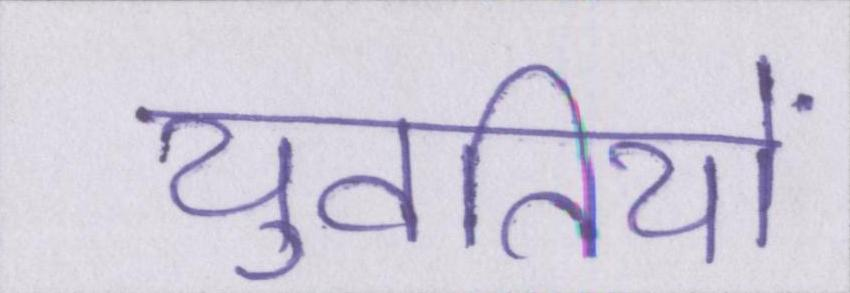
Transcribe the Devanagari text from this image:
युवतियों